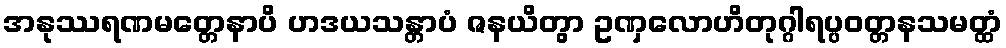
အနုဿရဏမတ္တေနာပိ ဟဒယသန္တာပံ ဇနယိတွာ ဥဏှလောဟိတုဂ္ဂါရပ္ပဝတ္တနသမတ္ထံ